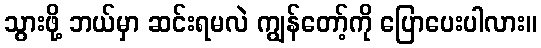
သွားဖို့ ဘယ်မှာ ဆင်းရမလဲ ကျွန်တော့်ကို ပြောပေးပါလား။